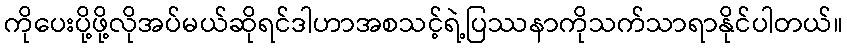
ကိုပေးပို့ဖို့လိုအပ်မယ်ဆိုရင်ဒါဟာအစသင့်ရဲ့ပြဿနာကိုသက်သာရာနိုင်ပါတယ်။